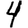
Digit: 4